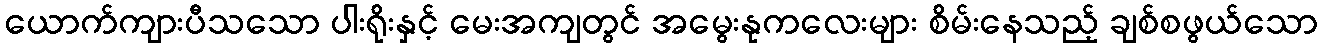
ယောက်ကျားပီသသော ပါးရိုးနှင့် မေးအကျတွင် အမွေးနုကလေးများ စိမ်းနေသည့် ချစ်စဖွယ်သော